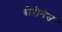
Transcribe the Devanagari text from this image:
बोरीनेज